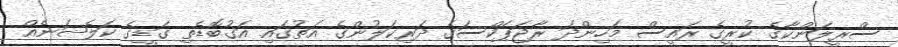
ސްރީލަންކާގެ ކުރީގެ ރައީސް މަހިންދަ ރާޖަޕަކްސަގެ ދަރިކަލުންގެ އަތުގައި އަގުބޮޑެތި ގަޑީގެ ކަލެޝަނެއް